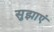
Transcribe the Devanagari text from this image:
सुझाएं